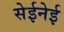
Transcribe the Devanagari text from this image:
सेईनेई